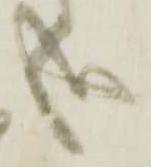
哉